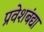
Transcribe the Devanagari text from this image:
प्रवेशबंद्या